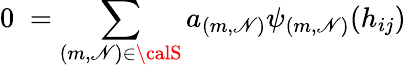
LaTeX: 0\; =\sum_{{(m,\mathscr{N})}\in{\calS}}a_{(m,\mathscr{N})}{\psi_{(m,\mathscr{N})}}({h_{ij}})